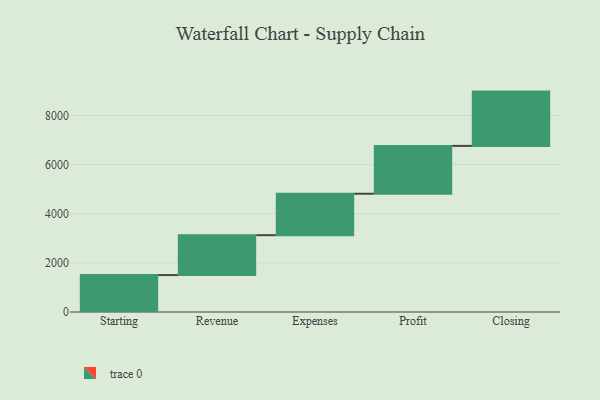
{"axis": {"x": "Step", "y": "Value"}, "legend": [""], "data": [{"x": "Starting", "y": 1502.0, "type": ""}, {"x": "Revenue", "y": 1625.0, "type": ""}, {"x": "Expenses", "y": 1686.0, "type": ""}, {"x": "Profit", "y": 1948.0, "type": ""}, {"x": "Closing", "y": 2209.0, "type": ""}]}